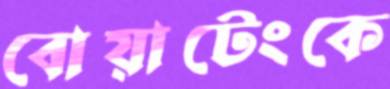
বোয়াটেংকে